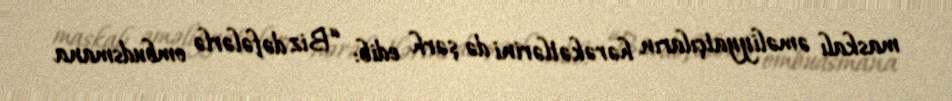
maskalı əməliyyatçıların hərəkətlərini də şərh edib: “Biz dəfələrlə ombudsmana